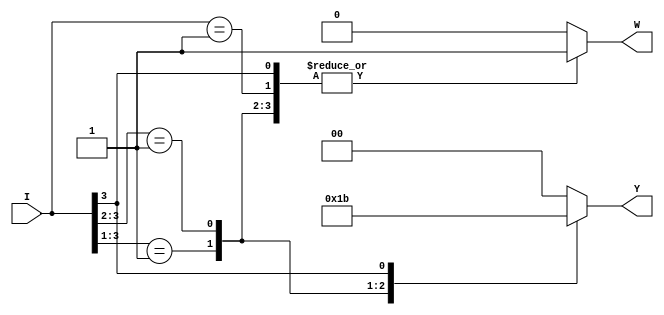
module dut (
	I, Y, W
);

	input [3:0] I;
	output reg [1:0] Y;
	output reg W;
	
	always @(I) begin

		casex (I)
			4'b0001: begin
				Y = 2'b00;
				W = 1'b1;
			end

			4'b001x: begin
				Y = 2'b01;
				W = 1'b1;
			end

			4'b01xx: begin
				Y = 2'b10;
				W = 1'b1;
			end

			4'b1xxx: begin
				Y = 2'b11;
				W = 1'b1;
			end

			default: begin
				Y = 2'b00;
				W = 1'b0;
			end

		endcase

	end

endmodule